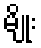
မျိုး